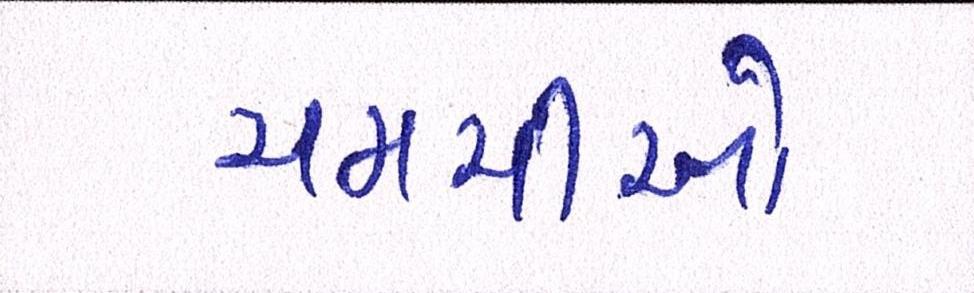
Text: ચમચીઓ